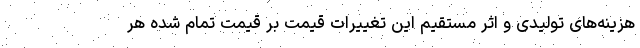
هزینه‌های تولیدی و اثر مستقیم این تغییرات قیمت بر قیمت تمام شده هر